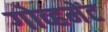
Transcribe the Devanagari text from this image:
गोव्हमेंट